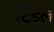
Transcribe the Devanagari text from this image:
स्टैडेल